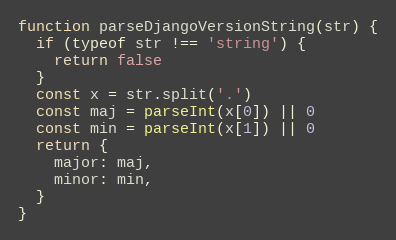
Language: JavaScript
function parseDjangoVersionString(str) {
  if (typeof str !== 'string') {
    return false
  }
  const x = str.split('.')
  const maj = parseInt(x[0]) || 0
  const min = parseInt(x[1]) || 0
  return {
    major: maj,
    minor: min,
  }
}